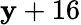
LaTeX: \mathbf{y}+16